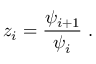
z _ { i } = \frac { \psi _ { i + 1 } } { \psi _ { i } } \; .